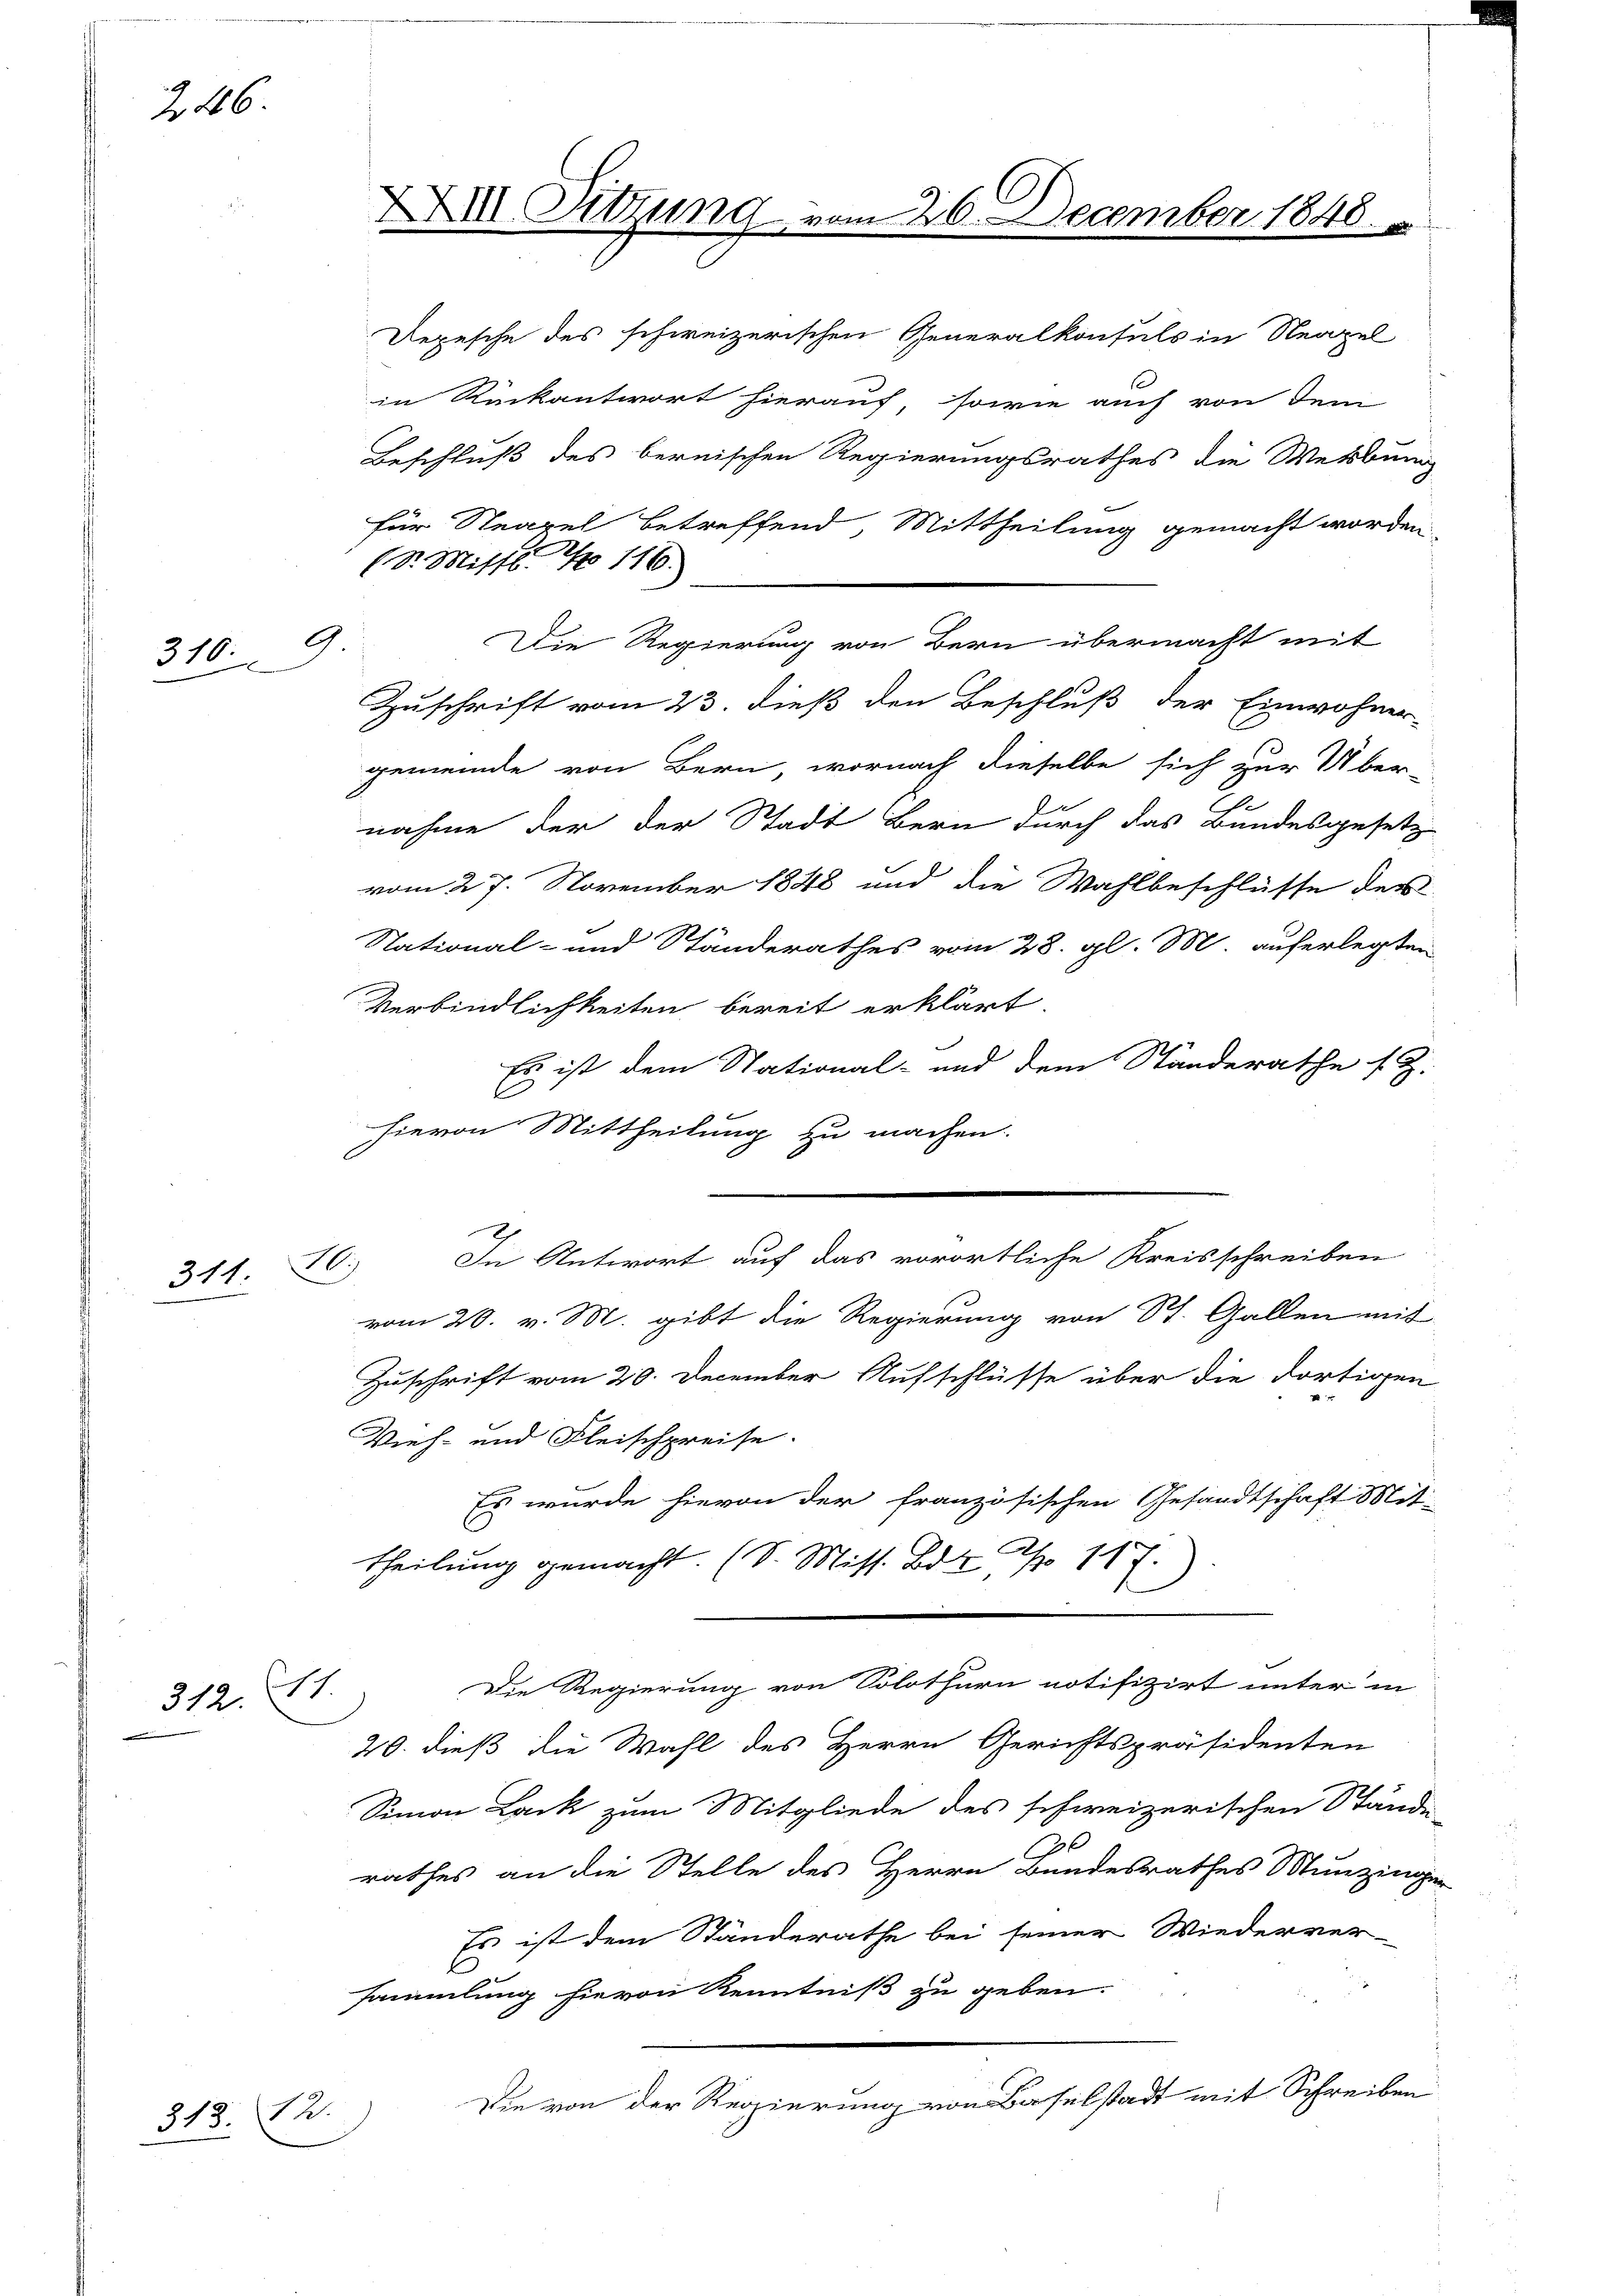
246.

G.
310.
x

314 Al.

312. 11.

313. 12.

XXXIII. Sitzung

in Rückantwort hierauf, sowie auch von dem
Beschluß des bernischen Regierungsrathes die Werbung
für Steapel betreffend, Mittheilung gemacht worden,
Die Regierung von Bern übermacht mit
Zuschrift vom 23. dieß den Beschluß der Einwohner-
gemeinde von Bern, wornach dieselbe sich zur Über-
nahme der der Stadt Bern durch das Bundesgesetz-
vom 27. November 1848 und die Wahlbeschlüsse des
National- und Ständerathes vom 28. gl. M. auferlegten
Verbindlichkeiten bereit erklärt
Es ist dem Stational- und dem Standerathe s. Z.
hievon Mittheilung zu machen.
In Antwort auf das vorörtliche Kreisschreiben
vom 20. v. M. gibt die Regierung von St. Gallen mit
Zuschrift vom 20. December Aufschlüsse über die dortigen
Vieh- und Fleischpreise.
Es wurde hievon der französischen Gesandtschaft Mit-
theilung gemacht. (S. Miss. Bdt N. 117.)
Die Regierung von Solothurn notifizirt unter in
20. dieß die Wahl des Herrn Gerichtspräsidenten
Simon Lack zum Mitgliede des schweizerischen Stände
10
rathes an die Stelle des Herrn Bundesrathes Munzingen
Es ist dem Ständerathe bei seiner Wiederver-
sammlung hievon Kenntniß zu geben.
Die von der Regierung von Baselstadt mit Schreiben

(S. Missl No 116.

Depesche des schweizerischen Generalkonsuls in Neapel

26. December 1848